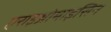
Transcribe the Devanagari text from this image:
एराइथ्रोमाइसिन